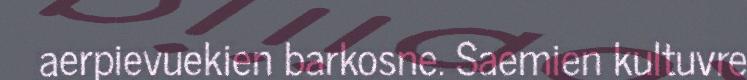
aerpievuekien barkosne. Saemien kultuvre